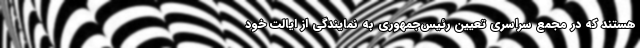
هستند که در مجمع سراسری تعیین رئيس‌جمهوری به نمایندگی از ایالت خود